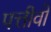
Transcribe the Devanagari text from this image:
पत्तीवो